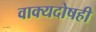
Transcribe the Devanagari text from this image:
वाक्यदोषही